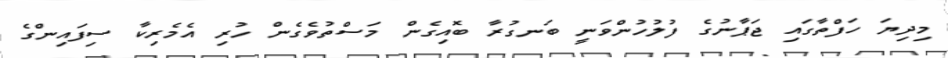
މިދިޔަ ހަފްތާގައި ޖަޕާނުގެ ފުލުހުންވަނީ ބަނގުރާ ބޮއިގެން މަސްތުވެގެން ހުރި އެމެރިކާ ސިފައިންގެ